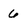
Character: 6